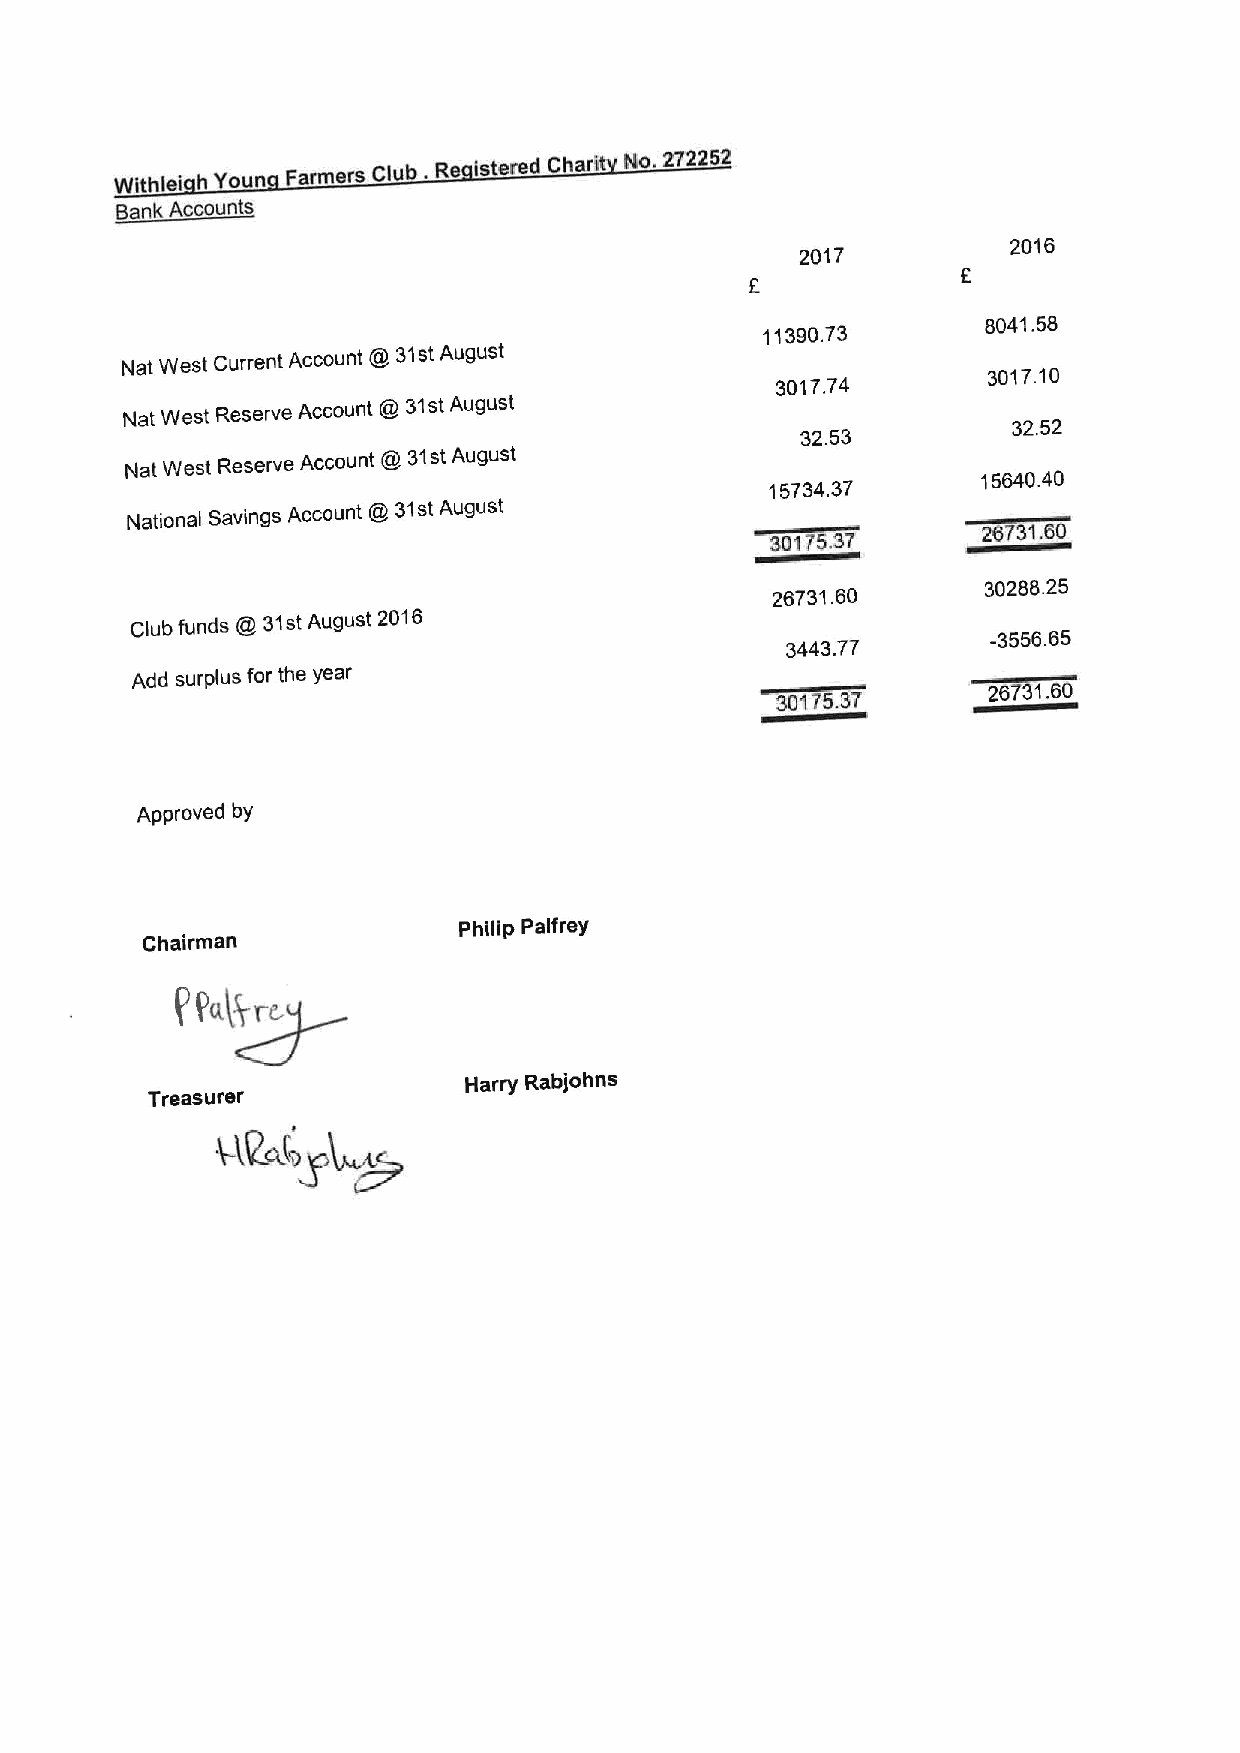
Withiei h Youn farmers Club. Re istered Chari No. 272252
 6 33   36
 2016
 2017
 8041.58
 11390.73
 Nat West Current Account
 @31stAugust
 3017.10
 3017.74
 Nat West Reserve Account
 @31stAugust
 32.52
 32.53
 Nat West Reserve Account
 @31stAugust
 15640.40
 5734.37
 1
 National Savings Account
 @31stAugust
 26731.66
 36176.37
 30288.25
 26731.60
 Club funds
 @31stAugust 2016
 -3556.65
 3443.77
 Add surplus for the year                                26731.36
 Approved by
 Philip Palfrey
 Chairman
 j'f6b~r.
 Harry Rabjohns
 Treasurer
 AP&4~~~